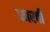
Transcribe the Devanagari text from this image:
फारची